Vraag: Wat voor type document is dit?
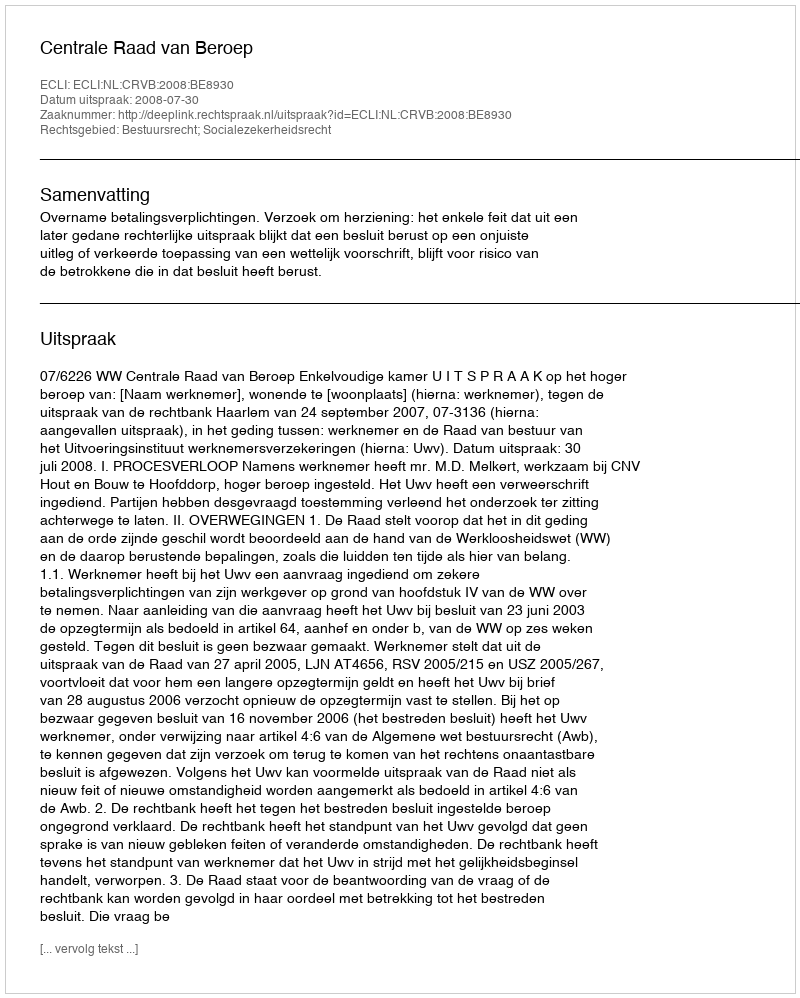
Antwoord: Uitspraak